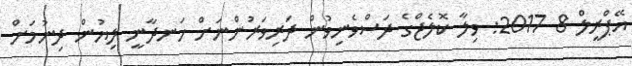
އޭޕްރީލް 8 2017: ވިލާ ކޮލެޖްގެ ދަސްވެނިވުން ދަރިވަރުންނަށް ހަނދާނީ ލިޔުން ދިނުމަށް